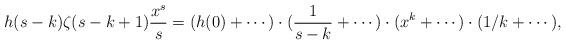
LaTeX: \begin{align*}h(s-k)\zeta(s-k+1)\frac{x^s}{s}=(h(0)+\cdots)\cdot(\frac{1}{s-k}+\cdots)\cdot(x^k+\cdots)\cdot(1/k+\cdots),\end{align*}